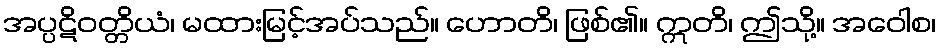
အပ္ပဋိဝတ္တိယံ၊ မထားမြင့်အပ်သည်။ ဟောတိ၊ ဖြစ်၏။ ဣတိ၊ ဤသို့။ အဝေါစ၊